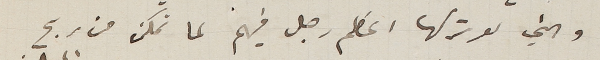
والتي لو تركها اعظم رجل فيهم لما تمكن من ربح